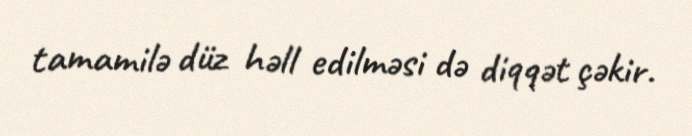
tamamilə düz həll edilməsi də diqqət çəkir.